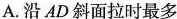
A.沿AD斜面拉时最多